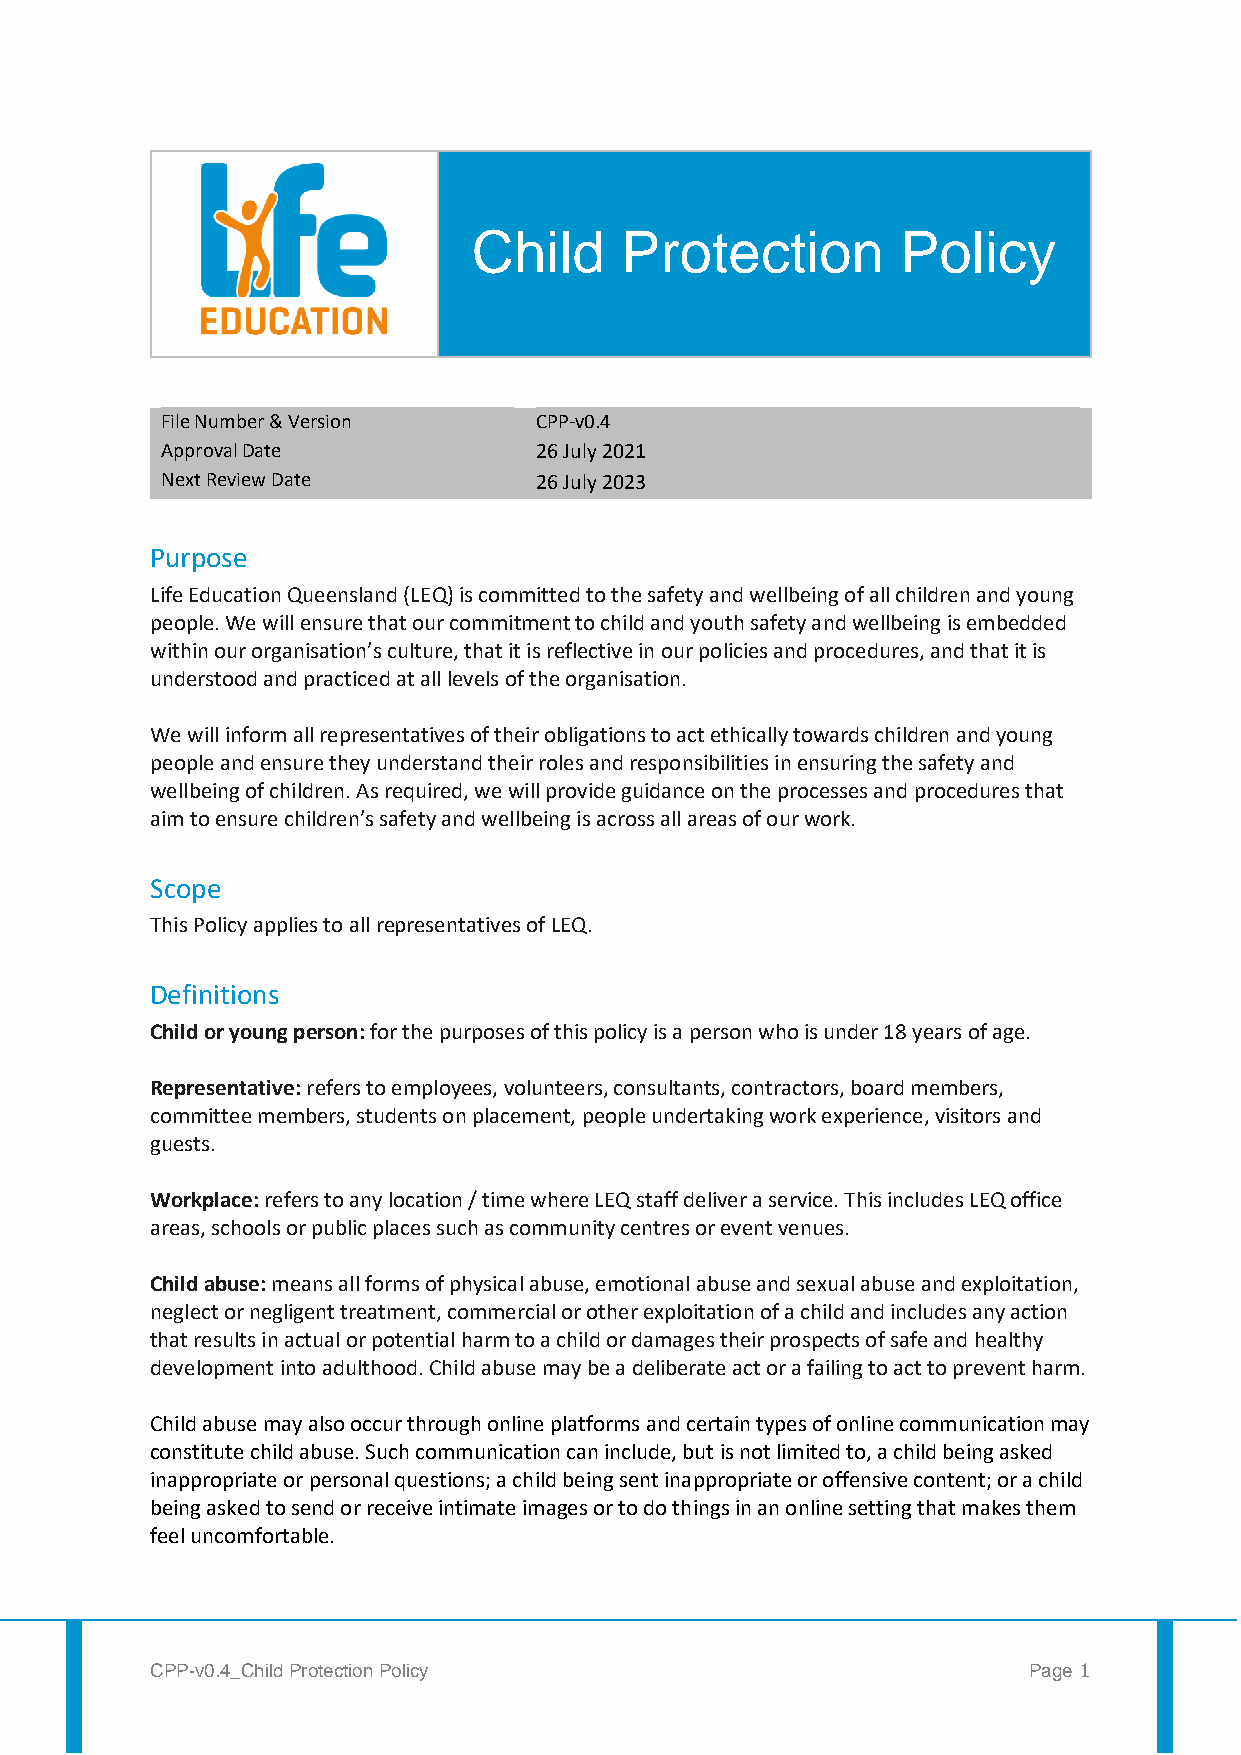
Child     Protection         Policy
 File Number & Version   CPP-v0.4
 Approval Date           26 July 2021
 Next Review Date        26 July 2023
 Purpose
 Life Education Queensland (LEQ) is committed to the safety and wellbeing of all children and young
 people. We will ensure that our commitment to child and youth safety and wellbeing is embedded
 within our organisation’s culture, that it is reflective in our policies and procedures, and that it is
 understood and practiced at all levels of the organisation.
 We will inform all representatives of their obligations to act ethically towards children and young
 people and ensure they understand their roles and responsibilities in ensuring the safety and
 wellbeing of children. As required, we will provide guidance on the processes and procedures that
 aim to ensure children’s safety and wellbeing is across all areas of our work.
 Scope
 This Policy applies to all representatives of LEQ.
 Definitions
 Child or young person: for the purposes of this policy is a person who is under 18 years of age.
 Representative: refers to employees, volunteers, consultants, contractors, board members,
 committee members, students on placement, people undertaking work experience, visitors and
 guests.
 Workplace: refers to any location / time where LEQ staff deliver a service. This includes LEQ office
 areas, schools or public places such as community centres or event venues.
 Child abuse: means all forms of physical abuse, emotional abuse and sexual abuse and exploitation,
 neglect or negligent treatment, commercial or other exploitation of a child and includes any action
 that results in actual or potential harm to a child or damages their prospects of safe and healthy
 development into adulthood. Child abuse may be a deliberate act or a failing to act to prevent harm.
 Child abuse may also occur through online platforms and certain types of online communication may
 constitute child abuse. Such communication can include, but is not limited to, a child being asked
 inappropriate or personal questions; a child being sent inappropriate or offensive content; or a child
 being asked to send or receive intimate images or to do things in an online setting that makes them
 feel uncomfortable.
 CPP-v0.4_Child Protection Policy                          Page 1